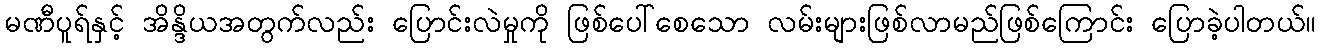
မဏီပူရ်နှင့် အိန္ဒိယအတွက်လည်း ပြောင်းလဲမှုကို ဖြစ်ပေါ်စေသော လမ်းများဖြစ်လာမည်ဖြစ်ကြောင်း ပြောခဲ့ပါတယ်။